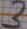
Text: 3